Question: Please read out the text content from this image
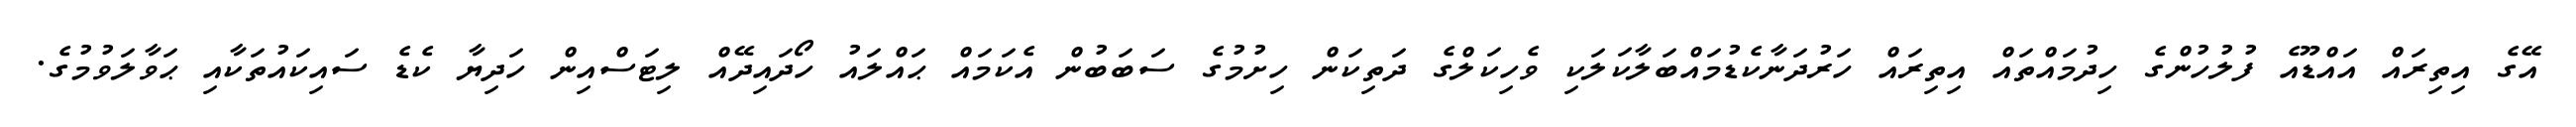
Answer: އޭގެ އިތިރައް އައްޑޫއެ ފުލުހުންގެ ހިދުމައްތައް އިތިރައް ހަރުދަނާކެޑުމައްބަލާކަލަކި ވެހިކަލްގެ ދަތިކަން ހިށުމުގެ ސަބަބުން އެކަމައް ޙައްލައު ހޯދައިދޭއް ލިޓަސްއިން ހަދިޔާ ކެޑެ ސައިކައުތަކާއި ޙަވާލަވުމުގެ.